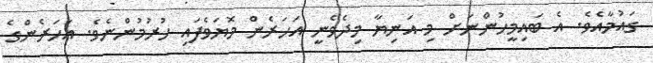
ގައުމާއެވެ. އެ ބައިމީހުންނަށް މި އަނިޔާ މިދެވެނީ އަހަރެން މޮޔަވެފައި ހުރުމުންނެވެ. އަހަރެންގެ